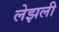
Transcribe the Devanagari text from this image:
लेझली